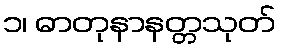
၁၊ ဓာတုနာနတ္တသုတ်